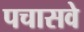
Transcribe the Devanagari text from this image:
पचासवे